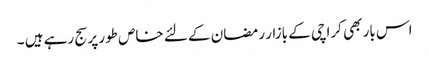
اس بار بھی کراچی کے بازار رمضان کے لئے خاص طور پر سج رہے ہیں ۔